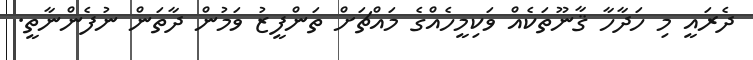
ދެރައީ މި ހަދާހާ ޤާނޫތަކެއް ވަކިމީހެއްގެ މައްޗަށް ތަންފީޒު ވަމުން ދާތަން ނުފެންނާތީ.